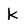
Character: k